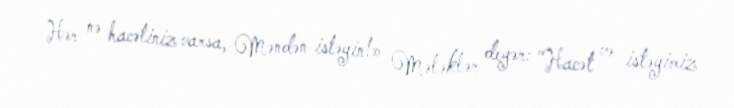
Hər nə hacətiniz varsa, Məndən istəyin!» Mələklər deyər: "Hacət və istəyimiz